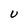
Character: U